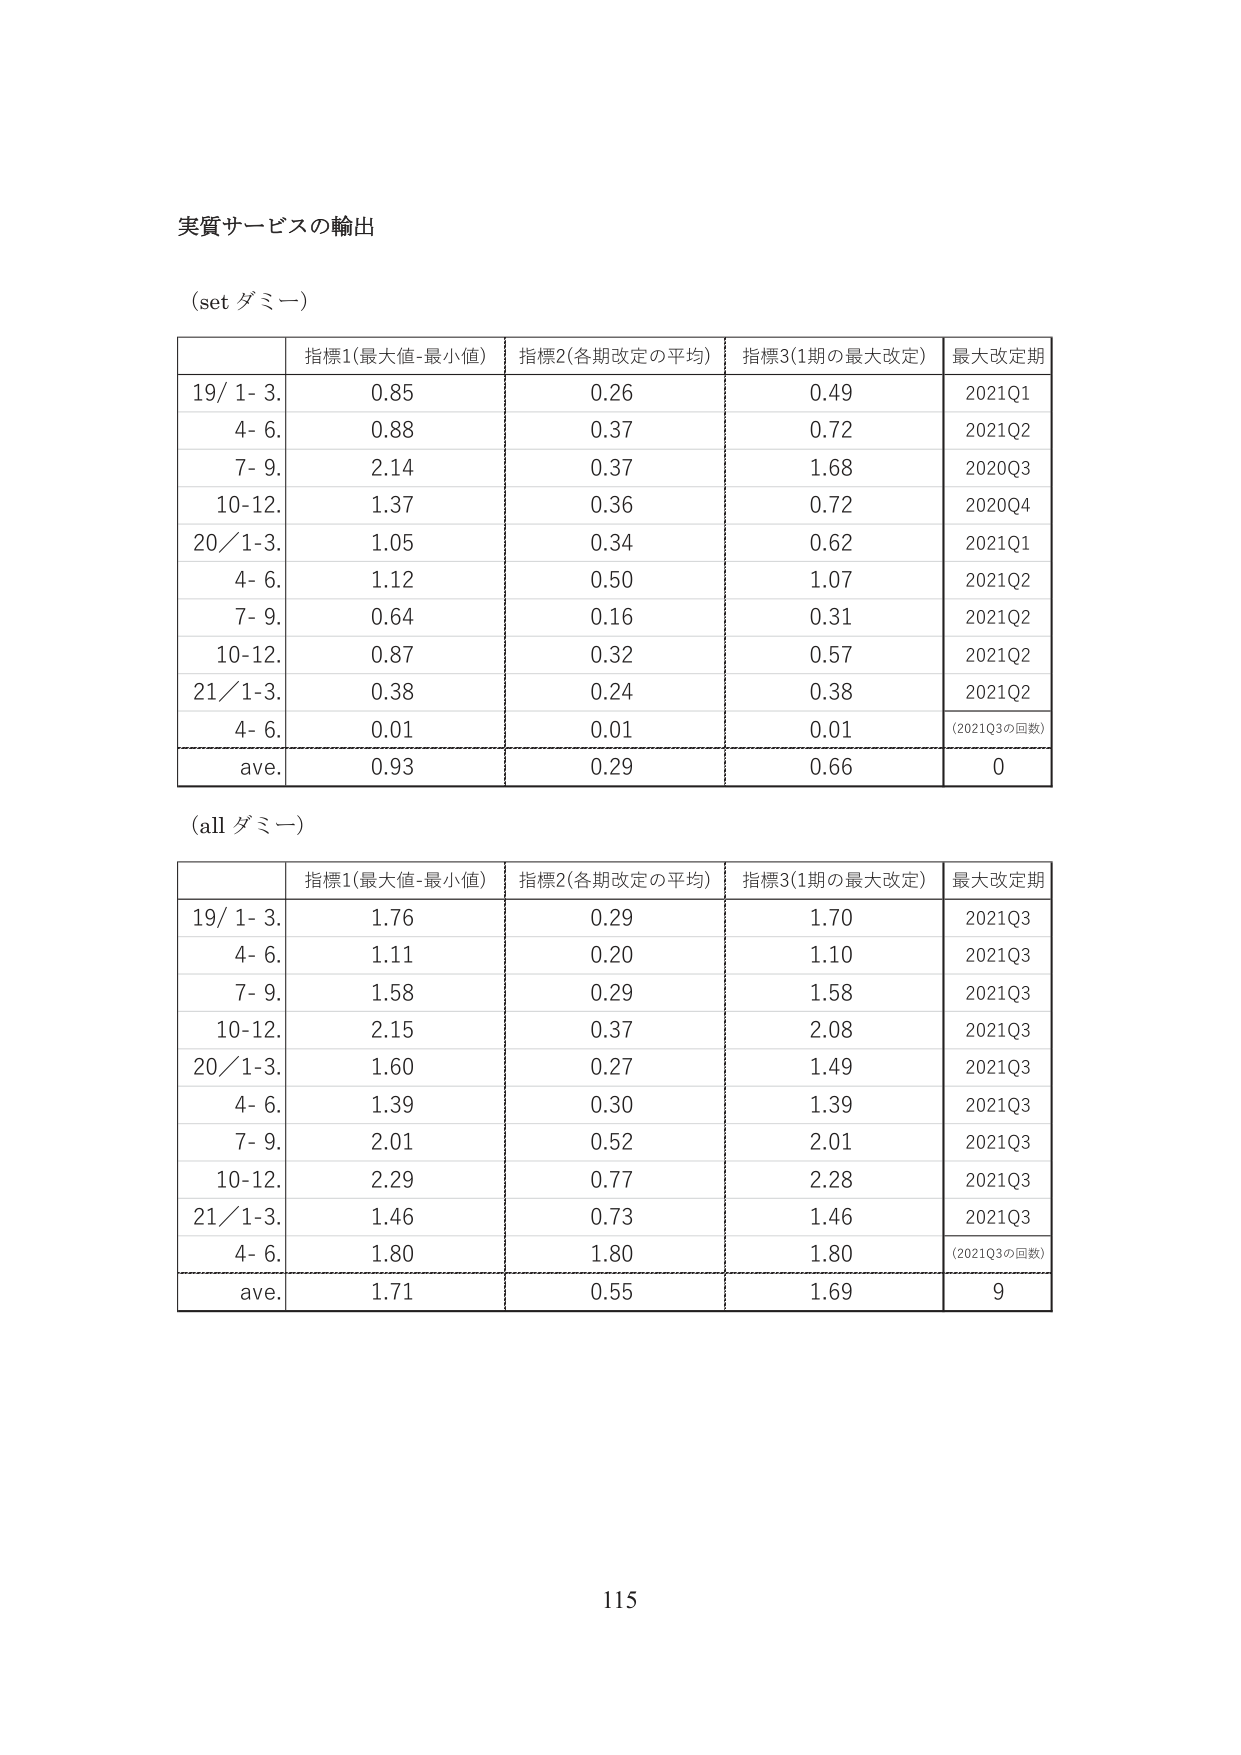
実質サービスの輸出

(set ダミー)

| | 指標1(最大値-最小値) | 指標2(各期改定の平均) | 指標3(1期の最大改定) | 最大改定期 |
|---|---|---|---|---|
| 19/ 1- 3. | 0.85 | 0.26 | 0.49 | 2021Q1 |
| 4- 6. | 0.88 | 0.37 | 0.72 | 2021Q2 |
| 7- 9. | 2.14 | 0.37 | 1.68 | 2020Q3 |
| 10-12. | 1.37 | 0.36 | 0.72 | 2020Q4 |
| 20/ 1-3. | 1.05 | 0.34 | 0.62 | 2021Q1 |
| 4- 6. | 1.12 | 0.50 | 1.07 | 2021Q2 |
| 7- 9. | 0.64 | 0.16 | 0.31 | 2021Q2 |
| 10-12. | 0.87 | 0.32 | 0.57 | 2021Q2 |
| 21/ 1-3. | 0.38 | 0.24 | 0.38 | 2021Q2 |
| 4- 6. | 0.01 | 0.01 | 0.01 | (2021Q3の回数) |
| ave. | 0.93 | 0.29 | 0.66 | 0 |

(all ダミー)

| | 指標1(最大値-最小値) | 指標2(各期改定の平均) | 指標3(1期の最大改定) | 最大改定期 |
|---|---|---|---|---|
| 19/ 1- 3. | 1.76 | 0.29 | 1.70 | 2021Q3 |
| 4- 6. | 1.11 | 0.20 | 1.10 | 2021Q3 |
| 7- 9. | 1.58 | 0.29 | 1.58 | 2021Q3 |
| 10-12. | 2.15 | 0.37 | 2.08 | 2021Q3 |
| 20/ 1-3. | 1.60 | 0.27 | 1.49 | 2021Q3 |
| 4- 6. | 1.39 | 0.30 | 1.39 | 2021Q3 |
| 7- 9. | 2.01 | 0.52 | 2.01 | 2021Q3 |
| 10-12. | 2.29 | 0.77 | 2.28 | 2021Q3 |
| 21/ 1-3. | 1.46 | 0.73 | 1.46 | 2021Q3 |
| 4- 6. | 1.80 | 1.80 | 1.80 | (2021Q3の回数) |
| ave. | 1.71 | 0.55 | 1.69 | 9 |

115